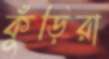
কুঁড়িরা